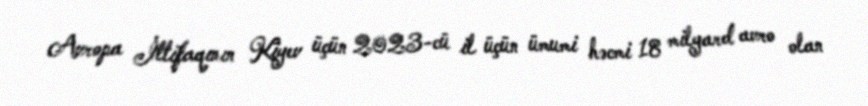
Avropa İttifaqının Kiyev üçün 2023-cü il üçün ümumi həcmi 18 milyard avro olan